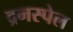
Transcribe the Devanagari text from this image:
द्रमस्पेल